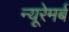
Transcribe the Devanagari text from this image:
न्यूरेमर्ब